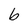
Character: b